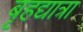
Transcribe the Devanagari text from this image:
बृहद्यात्रा